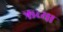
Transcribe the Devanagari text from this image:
ऋच्या